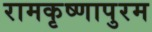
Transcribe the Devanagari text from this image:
रामकृष्णापुरम